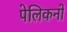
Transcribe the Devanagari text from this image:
पेलिकनों